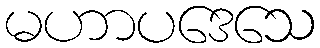
မဟာပဒေသေ